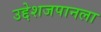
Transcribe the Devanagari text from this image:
उद्देशजपानला